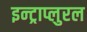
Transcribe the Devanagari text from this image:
इन्ट्राप्लुरल